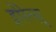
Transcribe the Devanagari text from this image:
द्वोरेत्स्